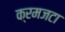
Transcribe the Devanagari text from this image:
क्रमजटा